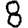
Digit: 8